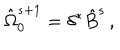
{ \hat { \Omega } } _ { 0 } ^ { s + 1 } = \delta ^ { * } { \hat { B } } ^ { s } \, ,